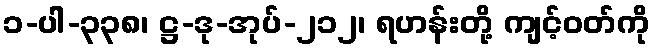
၁-ပါ-၃၃၈၊ ဋ္ဌ-ဒု-အုပ်-၂၁၂၊ ရဟန်းတို့ ကျင့်ဝတ်ကို